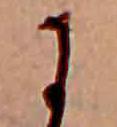
に